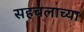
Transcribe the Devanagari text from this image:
सहचलाच्या